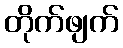
တိုက်ဖျက်